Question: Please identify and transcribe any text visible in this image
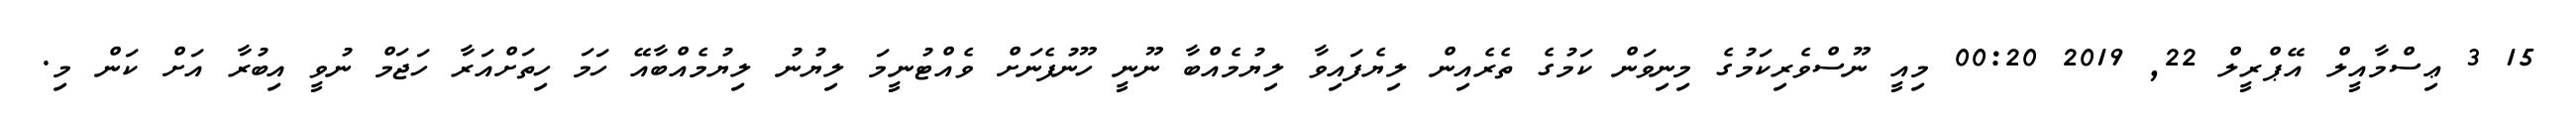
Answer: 15 3 ޢިސްމާއީލް އޭޕްރީލް 22, 2019 00:20 މިއީ ނޫސްވެރިކަމުގެ މިނިވަން ކަމުގެ ތެރެއިން ލިޔެފައިވާ ލިޔުމެއްބާ ނޫނީ ހޫނުފެނަށް ވެއްޓުނީމަ ލިޔުނު ލިޔުމެއްބާއޭ ހަމަ ހިތަށްއަރާ ހަޖަމް ނުވީ އިބުރާ އަށް ކަން މި.